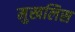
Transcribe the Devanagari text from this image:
मुखलिस